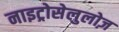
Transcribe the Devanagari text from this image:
नाइट्रोसेलुलोज़